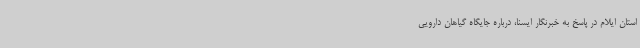
استان ایلام در پاسخ به خبرنگار ایسنا، درباره جایگاه گیاهان دارویی